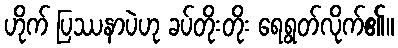
ဟိုက် ပြဿနာပဲဟု ခပ်တိုးတိုး ရေရွတ်လိုက်၏။